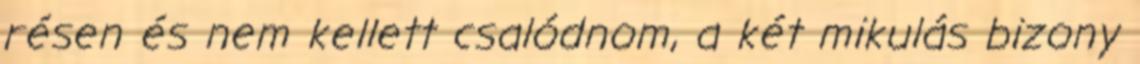
résen és nem kellett csalódnom, a két mikulás bizony